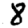
Digit: 8